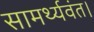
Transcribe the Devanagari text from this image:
सामर्थ्यवंत।